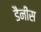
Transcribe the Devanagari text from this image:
डैनीस